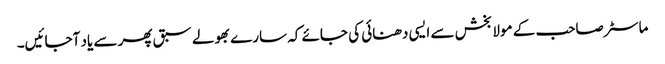
ماسٹر صاحب کے مولا بخش سے ایسی دھنائی کی جائے کہ سارے بھولے سبق پھر سے یاد آجائیں۔